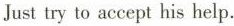
Just try to accept his help.